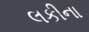
લકીના